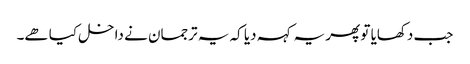
جب دکھایا تو پھر یہ کہہ دیا کہ یہ ترجمان نے داخل کیا ھے۔